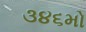
૩૪૬મો